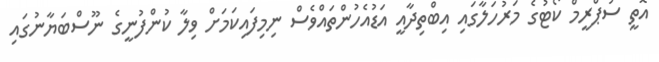
އޮތީ ސުޕްރީމް ކޯޓުގެ މަރުހަލާގައި އިބްތިދާއީ އަޑުއެހުންތައްވެސް ނިމިފައިކަމަށް ވިލާ ކުންފުނީގެ ނޫސްބަޔާނުގައި